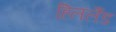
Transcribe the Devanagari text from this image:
हिललैंड